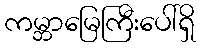
ကမ္ဘာမြေကြီးပေါ်ရှိ